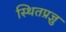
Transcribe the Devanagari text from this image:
स्थितप्रज्ञु